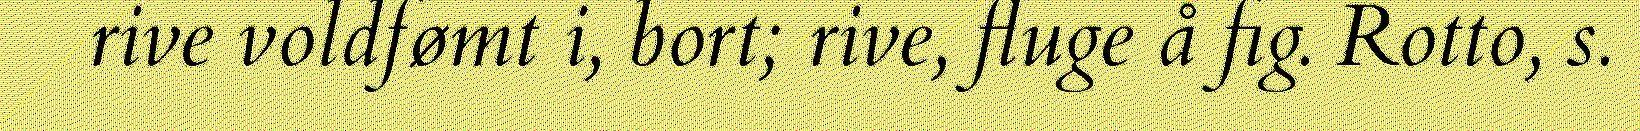
rive voldfømt i, bort; rive, fluge å fig. Rotto, s.